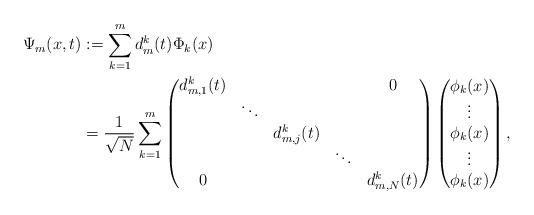
LaTeX: \begin{align*}\Psi_m(x,t) &:= \sum_{k=1}^m d^k_m(t) \Phi_k(x)\\&=\frac{1}{\sqrt{N}}\sum_{k=1}^{m} \begin{pmatrix}d_{m,1}^k(t)&&&&0\\&\ddots\\&& d_{m,j}^k(t)\\&&& \ddots\\0&&&& d_{m,N}^k(t)\end{pmatrix} \begin{pmatrix} \phi_{k}(x)\\ \vdots \\ \phi_{k}(x)\\\vdots \\ \phi_{k}(x)\end{pmatrix} ,\end{align*}